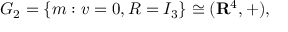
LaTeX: G _ { 2 } = \{ m : v = 0 , R = I _ { 3 } \} \cong ( \mathbf { R } ^ { 4 } , + ) ,